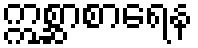
ဣစ္ဆာစာရေန